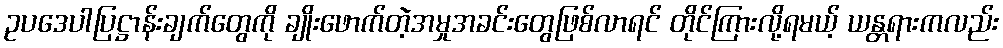
ဥပဒေပါပြဋ္ဌာန်းချက်တွေကို ချိုးဖောက်တဲ့အမှုအခင်းတွေဖြစ်လာရင် တိုင်ကြားလို့ရမယ့် ယန္တရားကလည်း